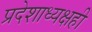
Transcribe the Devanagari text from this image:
प्रदेशाध्यक्षही